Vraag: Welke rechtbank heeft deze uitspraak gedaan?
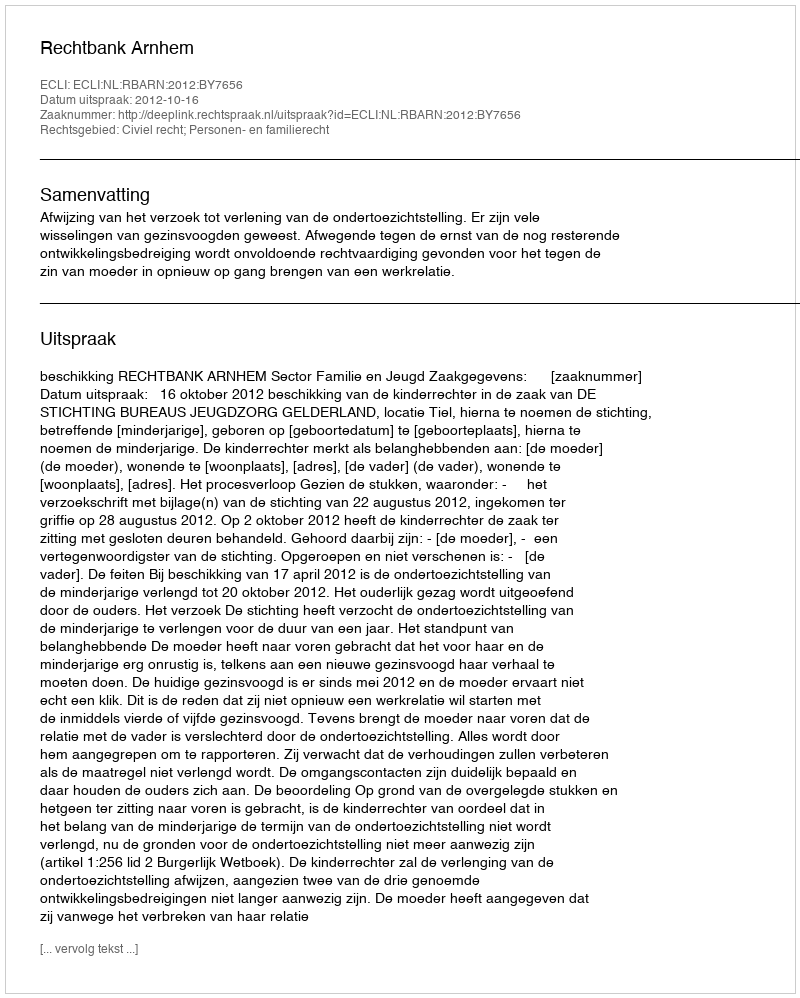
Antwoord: Rechtbank Arnhem